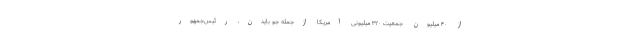
از ۴۰ میلیون جمعیت ۳۲۰ میلیونی آمریکا ازجمله جو بایدن، رئیس‌جمهور